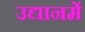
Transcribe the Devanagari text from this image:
उद्यानमें